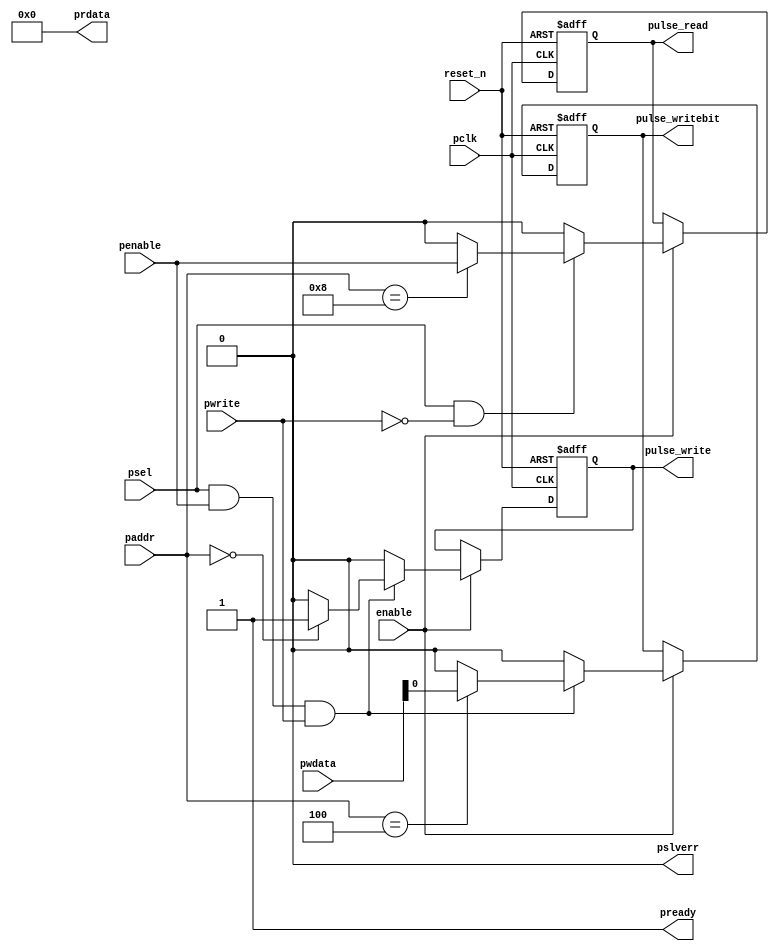
module apb_pulse (
   // system
   input             reset_n,
   input             enable,  // clock gating 

   // APB
   input             pclk,            
   input      [ 3:0] paddr,   // ls 2 bits are unused 
   input             pwrite,
   input             psel,
   input             penable,
   input      [31:0] pwdata,
   output     [31:0] prdata,
   output            pready,
   output            pslverr,

   // Interface
   output reg       pulse_write,
   output reg       pulse_writebit,
   output reg       pulse_read
  
);

wire apb_write = psel & penable & pwrite;
wire apb_read  = psel & ~pwrite;

   assign pready  = 1'b1;
   assign pslverr = 1'b0;
   assign prdata  = 32'h0; // no actual data read implemented
   
   always @(posedge pclk or negedge reset_n)
   begin
      if (!reset_n)
      begin
         pulse_write    <= 1'b0;
         pulse_writebit <= 1'b0;
         pulse_read     <= 1'b0;
      end // reset
      else if (enable)
      begin
         
         pulse_write    <= 1'b0;
         pulse_writebit <= 1'b0;
         pulse_read     <= 1'b0;
          
         if (apb_write)
         begin
            case (paddr)
            4'h00 :  pulse_write <= 1'b1; 
            4'h04 :  pulse_writebit <= pwdata[0]; 
            endcase
         end // write
         
         if (apb_read)
         begin
            // Beware: apb_read id high for TWO cycles
            // Thus can't use it in the same way as apb_write
            case (paddr)
          //4'h00 :  pulse_write <= 1'b1; 
          //4'h04 :  pulse_writebit <= pwdata[0]; 
            4'h08 : pulse_read <= penable;
            endcase
         end // read
      end // clocked
   end // always 
   
endmodule